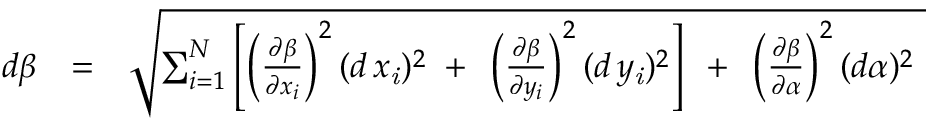
\begin{array} { r l r } { d \beta } & { = } & { \sqrt { \sum _ { i = 1 } ^ { N } \left[ \left( { \frac { \partial \beta } { \partial \/ x _ { i } } } \right) ^ { 2 } ( d \, x _ { \it \/ i } ) ^ { 2 } \mathrm { \, ~ + ~ \, } \left( { \frac { \partial \beta } { \partial \/ y _ { i } } } \right) ^ { 2 } ( d \, y _ { \it \/ i } ) ^ { 2 } \right] \mathrm { \, ~ + ~ \, } \left( { \frac { \partial \beta } { \partial \alpha } } \right) ^ { 2 } ( d \alpha ) ^ { 2 } \ } } \end{array}